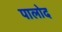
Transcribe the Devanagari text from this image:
पालोद